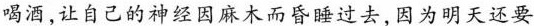
喝酒，让自己的神经因麻木而昏睡过去，因为明天还要